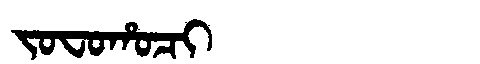
Manchu: ᠵᠣᠸᠣᡥᠣᠴᡳ
Romanization: JOFOHOCI